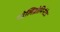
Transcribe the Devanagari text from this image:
पोलिब्रोमिनेटेड